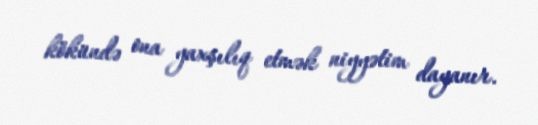
kökündə ona yaxşılıq etmək niyyətim dayanır.